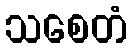
သစေတံ